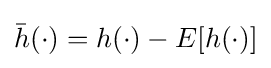
{\bar {h}}(\cdot )=h(\cdot )-E[h(\cdot )]